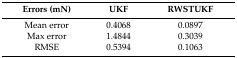
| Errors (mN) | UKF | RWSTUKF |
 | --- | --- | --- |
 | Mean error | 0.4068 | 0.0897 |
 | Max error | 1.4844 | 0.3039 |
 | RMSE | 0.5394 | 0.1063 |